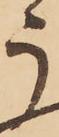
う